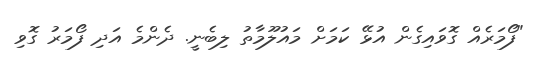
"ފޯމަރެއް ގޮވައިގެން އުޅޭ ކަމަށް މައުލޫމާތު ލިބެނީ. ދެންމެ އަދި ފޯމަރު ގޮވި